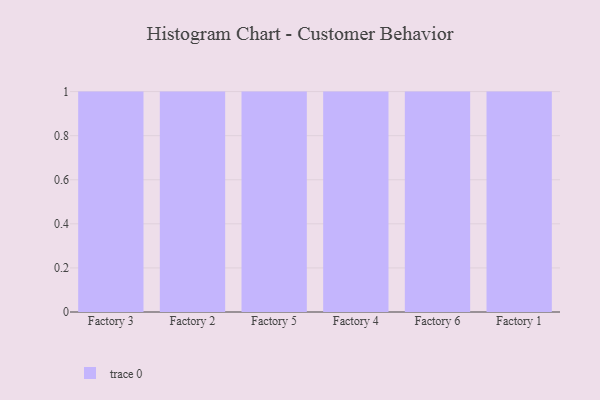
{"axis": {"x": "Factory", "y": "Production Output"}, "legend": [""], "data": [{"x": "Factory 3", "y": 85, "type": ""}, {"x": "Factory 2", "y": 80, "type": ""}, {"x": "Factory 5", "y": 39, "type": ""}, {"x": "Factory 4", "y": 91, "type": ""}, {"x": "Factory 6", "y": 52, "type": ""}, {"x": "Factory 1", "y": 52, "type": ""}]}